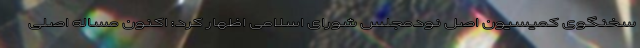
سخنگوی کمیسیون اصل نودمجلس شورای اسلامی اظهار کرد: اکنون مساله اصلی